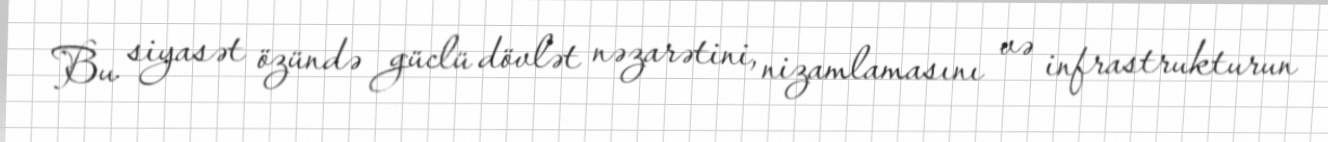
Bu siyasət özündə güclü dövlət nəzarətini, nizamlamasını və infrastrukturun